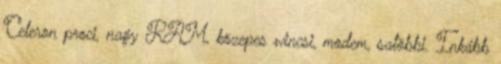
Celeron proci, nagy RAM, közepes wincsi, modem, satöbbi. Inkább